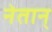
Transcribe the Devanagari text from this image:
नेतान्